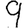
Digit: 9